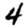
Digit: 4